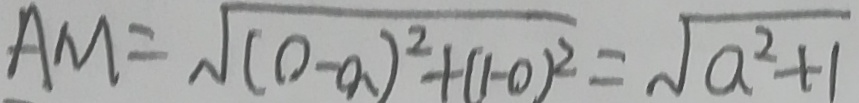
A M = \sqrt { ( 0 - a ) ^ { 2 } + ( 1 - 0 ) ^ { 2 } } = \sqrt { a ^ { 2 } + 1 }